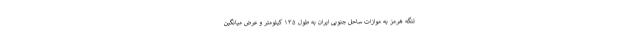
تنگه هرمز به موازات ساحل جنوبی ایران به طول ۱۳۵ کیلومتر و عرض میانگین